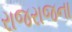
રાજરાજના